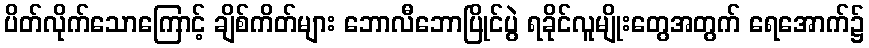
ပိတ်လိုက်သောကြောင့် ချိစ်ကိတ်များ ဘောလီဘောပြိုင်ပွဲ ရခိုင်လူမျိုးတွေအတွက် ရေအောက်၌